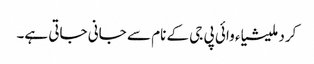
کرد ملیشیاء وائی پی جی کے نام سے جانی جاتی ہے۔